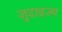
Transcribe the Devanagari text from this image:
जुदाइज्म